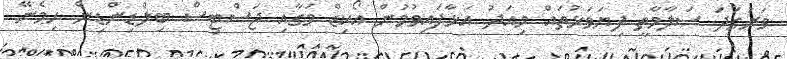
ވަރުގަދަ ސަލާމާތީ ފިޔަވަޅުތައް މިއަދު އަޅާފައިވުމުން އޯކިޑް މަގާއި ޖަސްޓިސް ބިލްޑިންޑިން ހިމެނޭ